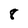
Character: 8